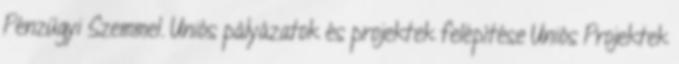
Pénzügyi Szemmel. Uniós pályázatok és projektek felépítése Uniós Projektek